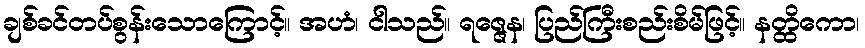
ချစ်ခင်တပ်စွန်းသောကြောင့်။ အဟံ၊ ငါသည်။ ရဇ္ဇေန၊ ပြည်ကြီးစည်းစိမ်ဖြင့်။ နတ္ထိကော၊